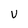
Character: v